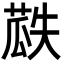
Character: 𮐏